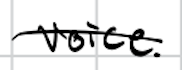
Text: voice.
Cross-out: mix
Writing tool: digital_black